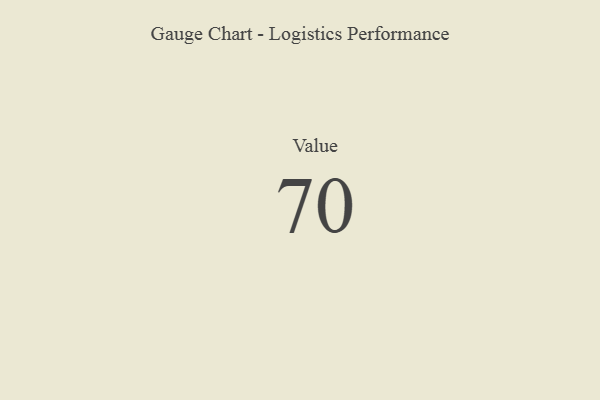
{"axis": {"x": "Metric", "y": "Value"}, "legend": [""], "data": [{"x": "Value", "y": 70, "type": ""}]}